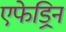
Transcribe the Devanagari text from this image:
एफेड्रिन